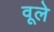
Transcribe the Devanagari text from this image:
वूले